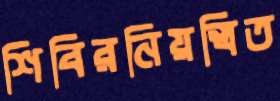
শিবিরনিয়ন্ত্রিত